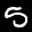
Label: 5